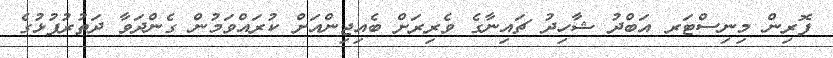
ފޮރިން މިނިސްޓަރ އަބްދު ޝާހިދު ޗައިނާގެ ވެރިރަށް ބެއިޖިންއަށް ކުރައްވަމުން ގެންދަވާ ދަތުރުފުޅުގެ